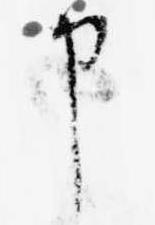
申